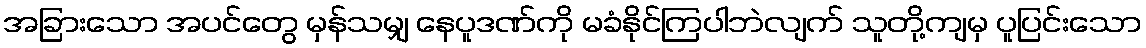
အခြားသော အပင်တွေ မှန်သမျှ နေပူဒဏ်ကို မခံနိုင်ကြပါဘဲလျက် သူတို့ကျမှ ပူပြင်းသော